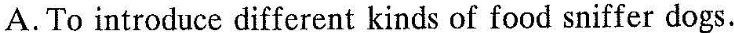
A.To introduce different kinds of food sniffer dogs.